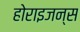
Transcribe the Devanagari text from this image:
होराइजन्स